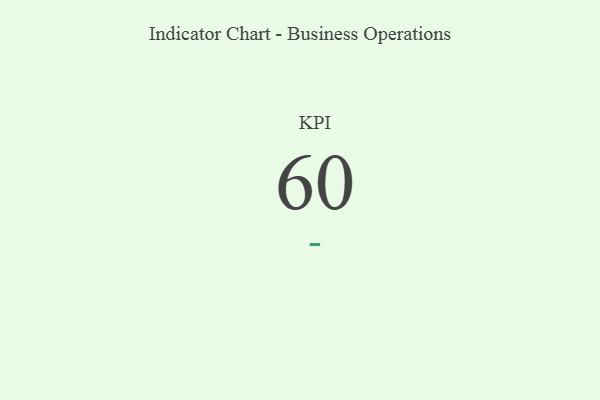
{"axis": {"x": "KPI", "y": "Value"}, "legend": [""], "data": [{"x": "KPI", "y": 60, "type": ""}]}